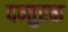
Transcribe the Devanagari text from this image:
दन्तुरक